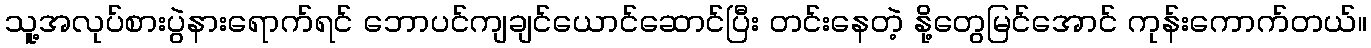
သူ့အလုပ်စားပွဲနားရောက်ရင် ဘောပင်ကျချင်ယောင်ဆောင်ပြီး တင်းနေတဲ့ နို့တွေမြင်အောင် ကုန်းကောက်တယ်။